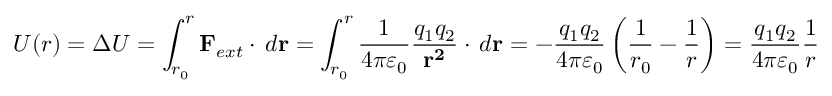
U ( r ) = \Delta U = \int _ { r _ { 0 } } ^ { r } \mathbf { F } _ { e x t } \cdot \, d \mathbf { r } = \int _ { r _ { 0 } } ^ { r } { \frac { 1 } { 4 \pi \varepsilon _ { 0 } } } { \frac { q _ { 1 } q _ { 2 } } { \mathbf { r ^ { 2 } } } } \cdot \, d \mathbf { r } = - { \frac { q _ { 1 } q _ { 2 } } { 4 \pi \varepsilon _ { 0 } } } \left( { \frac { 1 } { r _ { 0 } } } - { \frac { 1 } { r } } \right) = { \frac { q _ { 1 } q _ { 2 } } { 4 \pi \varepsilon _ { 0 } } } { \frac { 1 } { r } }